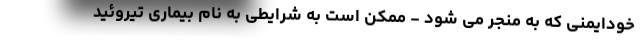
خودایمنی که به منجر می شود - ممکن است به شرایطی به نام بیماری تیروئید